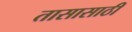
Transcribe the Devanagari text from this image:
तासासाठी